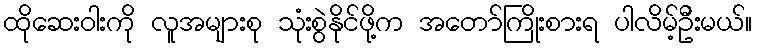
ထိုဆေးဝါးကို လူအများစု သုံးစွဲနိုင်ဖို့က အတော်ကြိုးစားရ ပါလိမ့်ဦးမယ်။